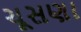
ચૂસણા